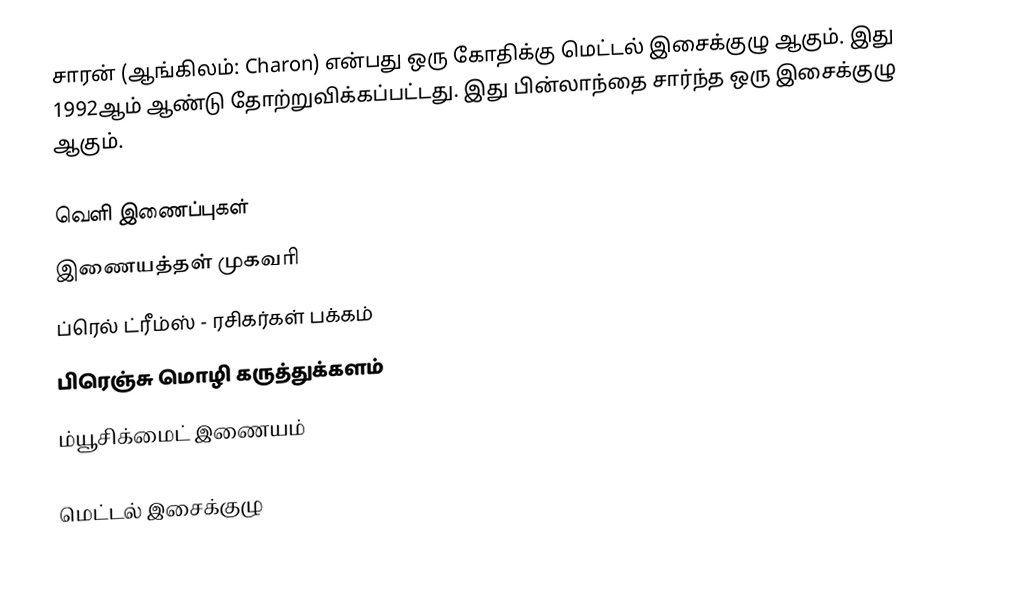
சாரன் (ஆங்கிலம்: Charon) என்பது ஒரு கோதிக்கு மெட்டல் இசைக்குழு ஆகும். இது 1992ஆம் ஆண்டு தோற்றுவிக்கப்பட்டது. இது பின்லாந்தை சார்ந்த ஒரு இசைக்குழு ஆகும்.

வெளி இணைப்புகள்
இணையத்தள் முகவரி
ப்ரெல் ட்ரீம்ஸ் - ரசிகர்கள் பக்கம்
பிரெஞ்சு மொழி கருத்துக்களம்
ம்யூசிக்மைட் இணையம்

மெட்டல் இசைக்குழு